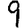
Digit: 9